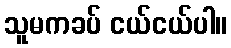
သူမကခပ် ငယ်ငယ်ပါ။